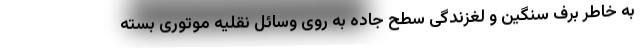
به خاطر برف سنگین و لغزندگی سطح جاده به روی وسائل نقلیه موتوری بسته